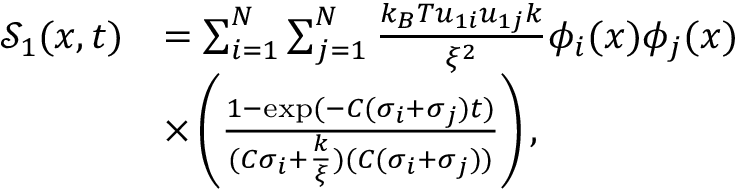
\begin{array} { r l } { \mathcal { S } _ { 1 } ( x , t ) } & { = \sum _ { i = 1 } ^ { N } \sum _ { j = 1 } ^ { N } \frac { k _ { B } T u _ { 1 i } u _ { 1 j } k } { \xi ^ { 2 } } \phi _ { i } ( x ) \phi _ { j } ( x ) } \\ & { \times \left( \frac { 1 - \exp ( - C ( \sigma _ { i } + \sigma _ { j } ) t ) } { ( C \sigma _ { i } + \frac { k } { \xi } ) ( C ( \sigma _ { i } + \sigma _ { j } ) ) } \right) , } \end{array}